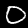
Digit: 0